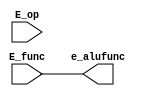
`ifndef _alufunc
`define _alufunc

module alufunc(
    output [5:0] e_alufunc,
    input [5:0] E_op,
    input [5:0] E_func
);
    
    assign e_alufunc = E_func;

endmodule

`endif